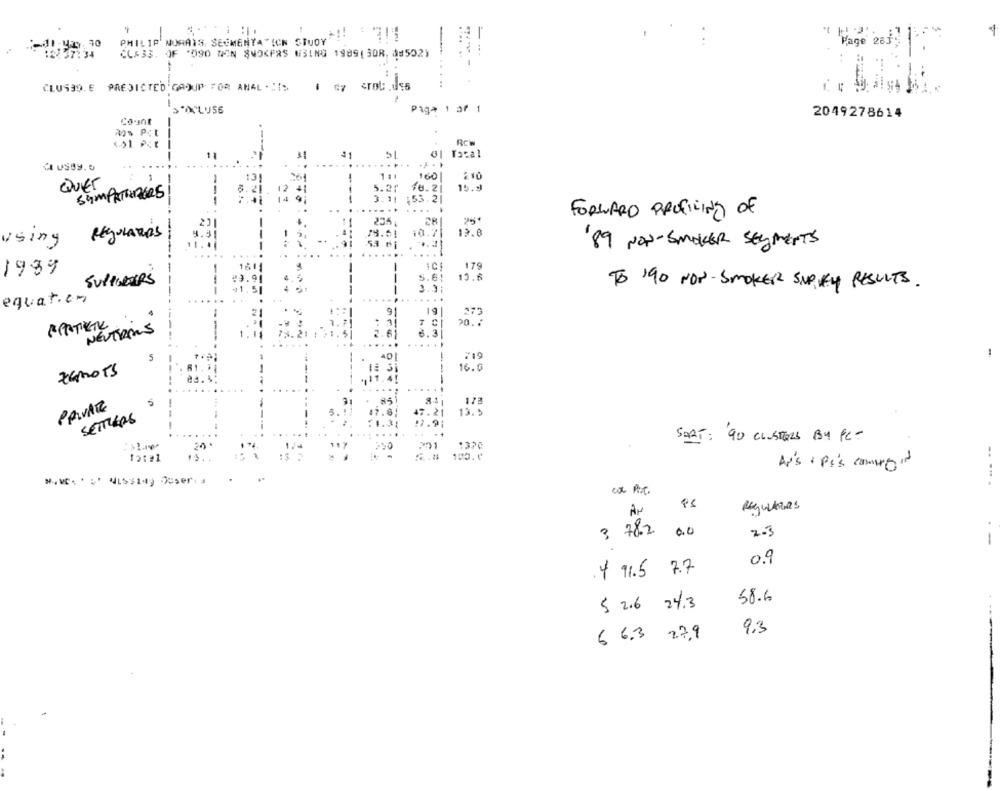
PHILIP'NUMAIS SECMENYA "ICN STUDY"
-
Page 2834
10
CLA33. OF *090 WON 8NOKFAS USING 1989( 3OR, 18502)
CLUS99. E PREDICTED GROUP FOR ANAL . HIS.
Paga 1 af 1
Count
2049278614
ROW
41 15521
Cl USSy. 5
210
100
QUIET
10.2
15.9
SYMPATIPERS
3.11 $53.21
53.2
.....
...
FORWARD PROFILING OF
235
REGULARES
10.7
19.8
using
89 NON-SMOKER SEGMENTS
161
-
179
1989
5.61
19.6
SUPPORTERS
TO '90 NON- SMOKER SUP KEY RESULTS.
---
3.5
equation
....
9
19|
273
20 .:
NEUTROS
2.61
6.3
40
719
-
76MOTS
81 .
--
16.6
-
....
173
PRIVATE
13. 5
SETTLERS
47.21
....
....
SEAT: 90 CLUSTERS BY PC-
20
201
12:#1
100.0
Ar's : Pc's comment
.....
Reguleres
AN
3 782
0.0
2.3
--
0.9
4 91.5 7.7
58.6
5 2.6 24.3
9.3
6 6.3 27,9